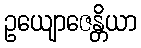
ဥယျောဇေန္တိယာ